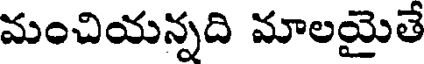
మంచియన్నది మాలయైతే